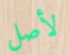
لأصل